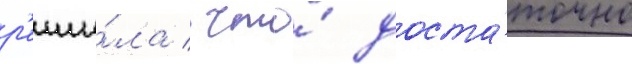
р'еши́ла / что́ доста́точно